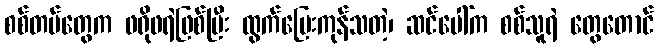
စစ်တပ်တွေက ဖရိုဖရဲဖြစ်ပြီး ထွက်ပြေးကုန်သတဲ့၊ ဆင်ပေါ်က စစ်သူရဲ တွေတောင်